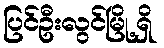
ပြင်ဦးလွင်မြို့ရှိ